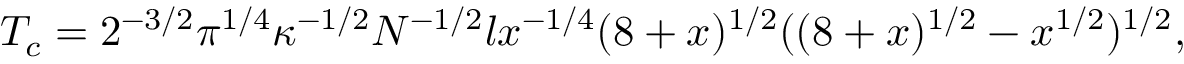
T _ { c } = 2 ^ { - 3 / 2 } \pi ^ { 1 / 4 } \kappa ^ { - 1 / 2 } N ^ { - 1 / 2 } l x ^ { - 1 / 4 } ( 8 + x ) ^ { 1 / 2 } ( ( 8 + x ) ^ { 1 / 2 } - x ^ { 1 / 2 } ) ^ { 1 / 2 } ,